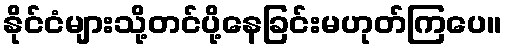
နိုင်ငံများသို့တင်ပို့နေခြင်းမဟုတ်ကြပေ။